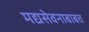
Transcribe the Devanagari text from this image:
मद्यसेवनाबाबत